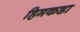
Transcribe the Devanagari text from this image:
हिमकडा